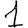
Digit: 1